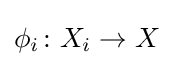
\phi _{i}\colon X_{i}\rightarrow X